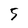
Character: 5